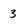
Character: 3